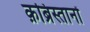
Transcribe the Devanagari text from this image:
क़ब्रिस्तानों